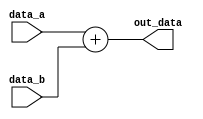
`timescale 1ns / 1ps
module B_Adder(data_a, data_b, out_data);
	input [31:0] data_a, data_b;
	output reg [31:0] out_data;
	always@(*) begin
		out_data <= data_a + data_b;
	end
endmodule